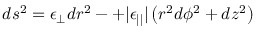
d s ^ { 2 } = \epsilon _ { \perp } d r ^ { 2 } - + | \epsilon _ { | | } | \left( r ^ { 2 } d \phi ^ { 2 } + d z ^ { 2 } \right)